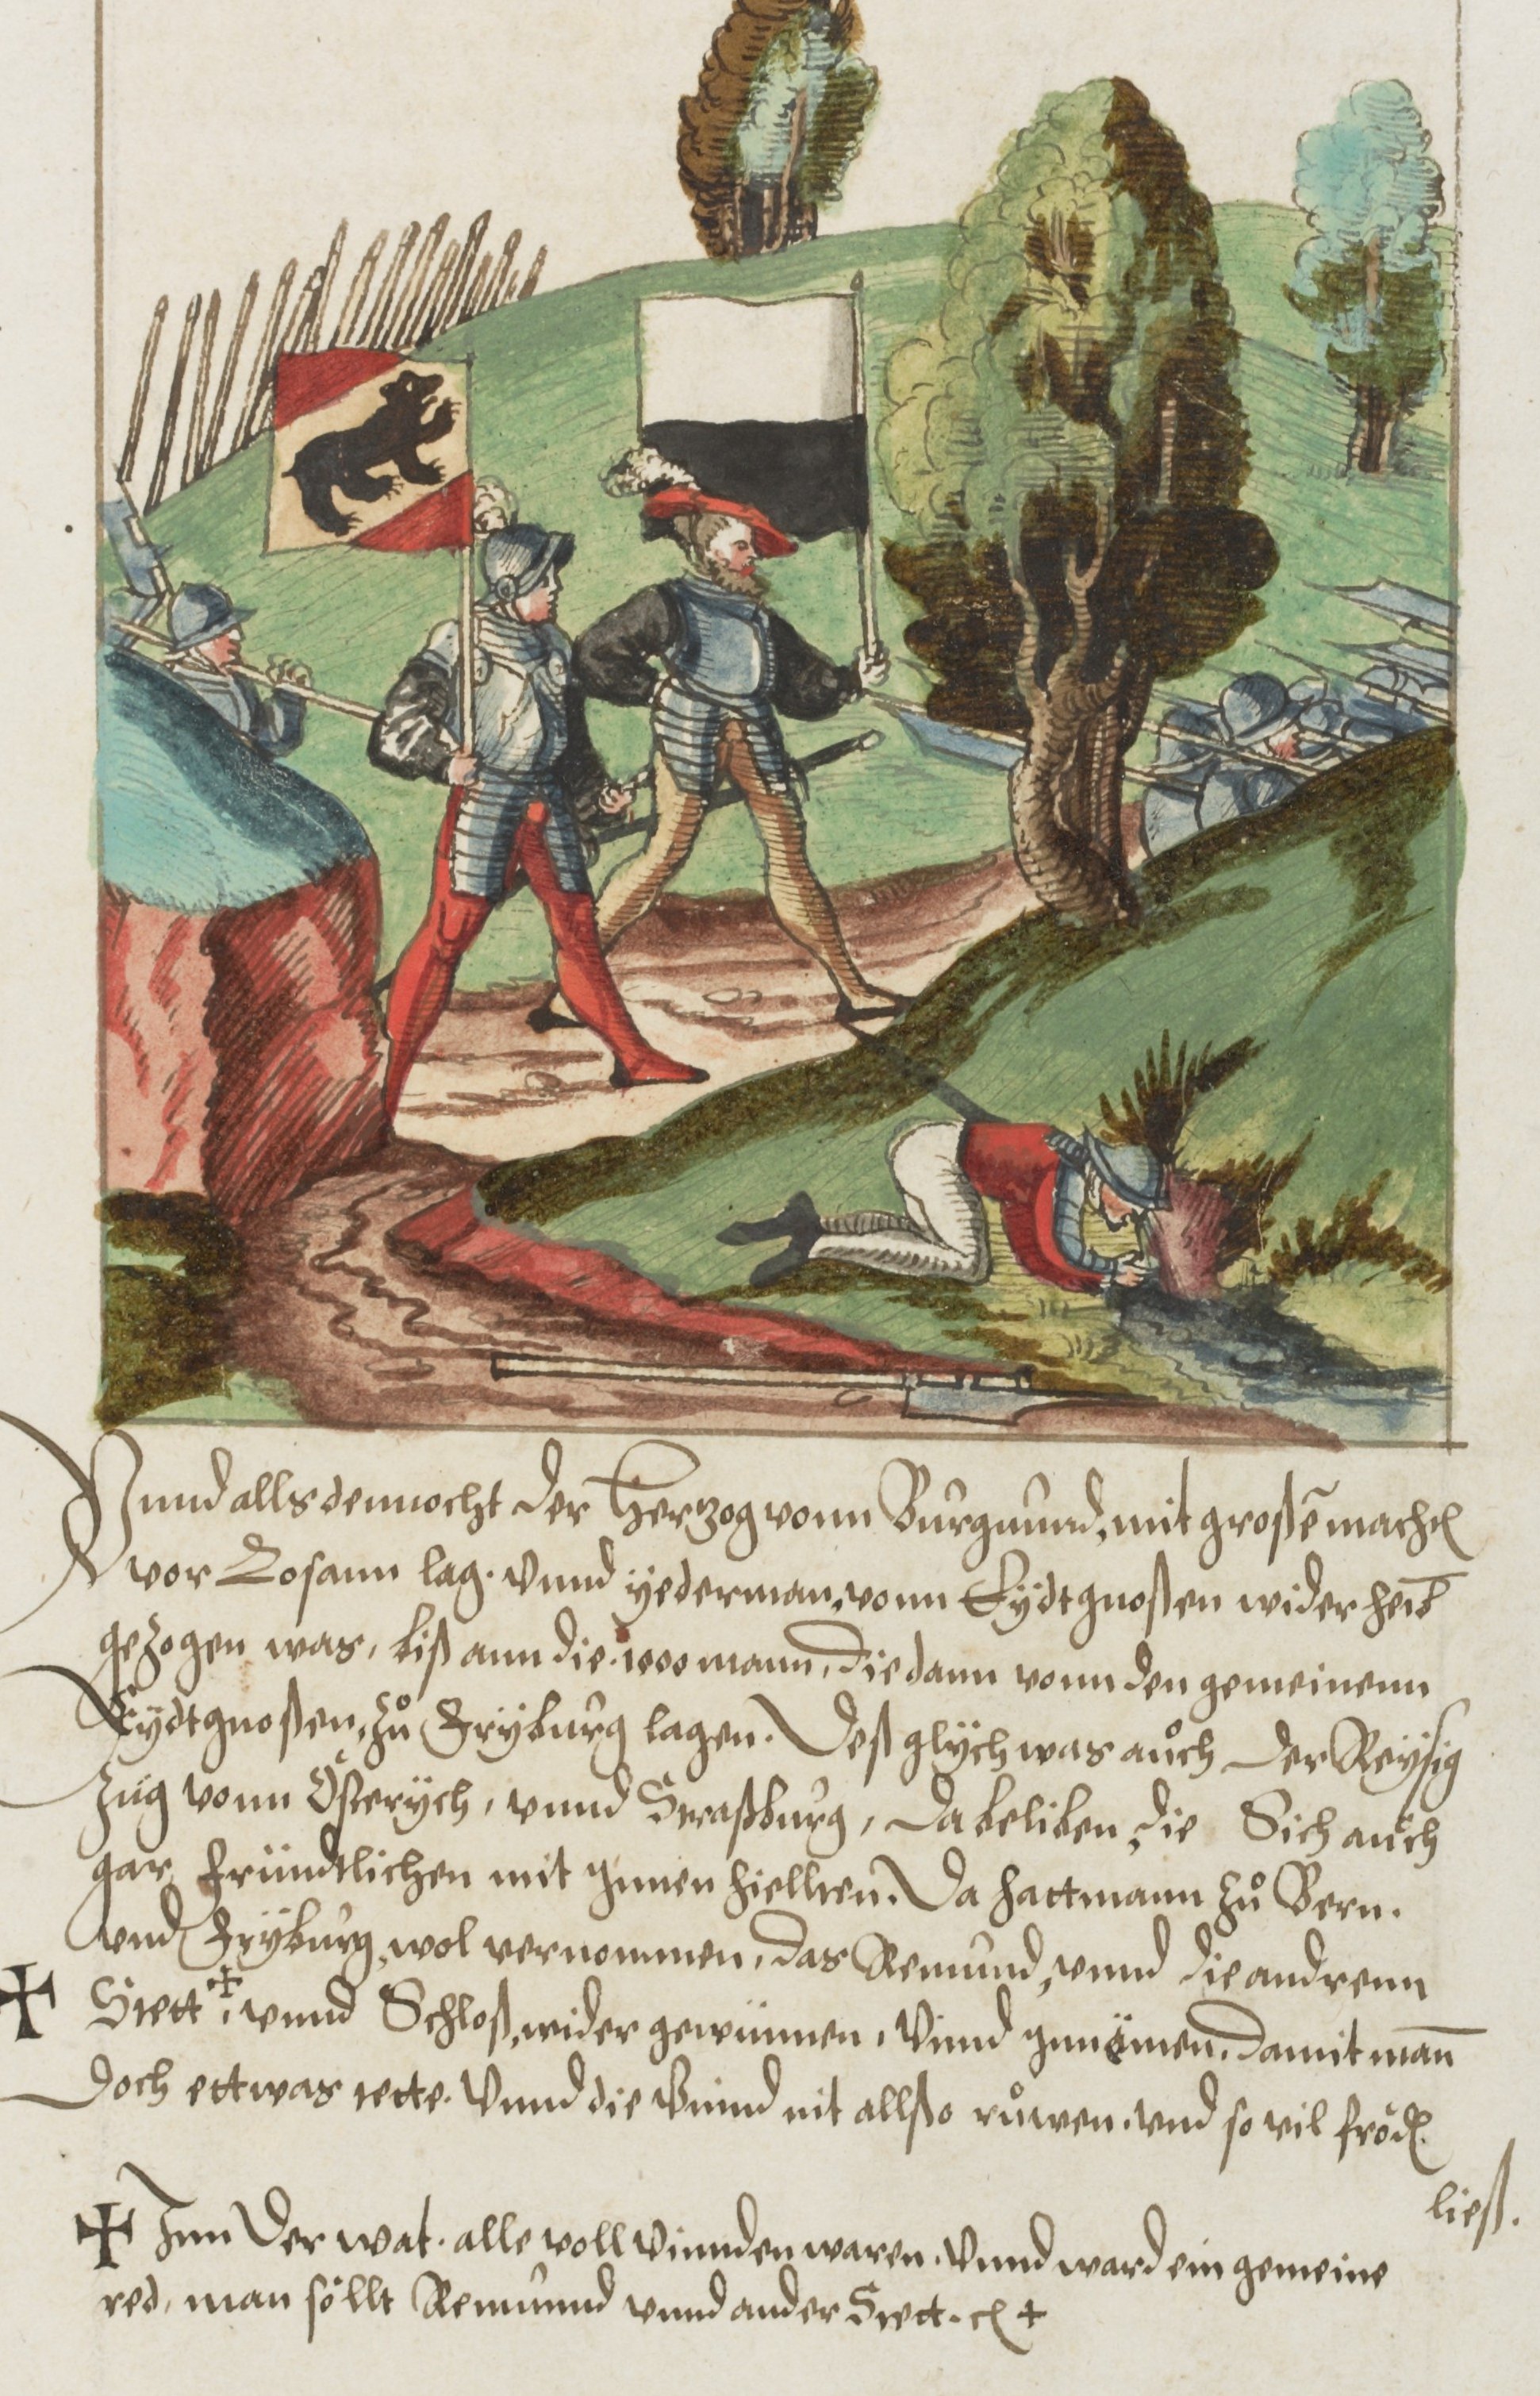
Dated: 1572–1572